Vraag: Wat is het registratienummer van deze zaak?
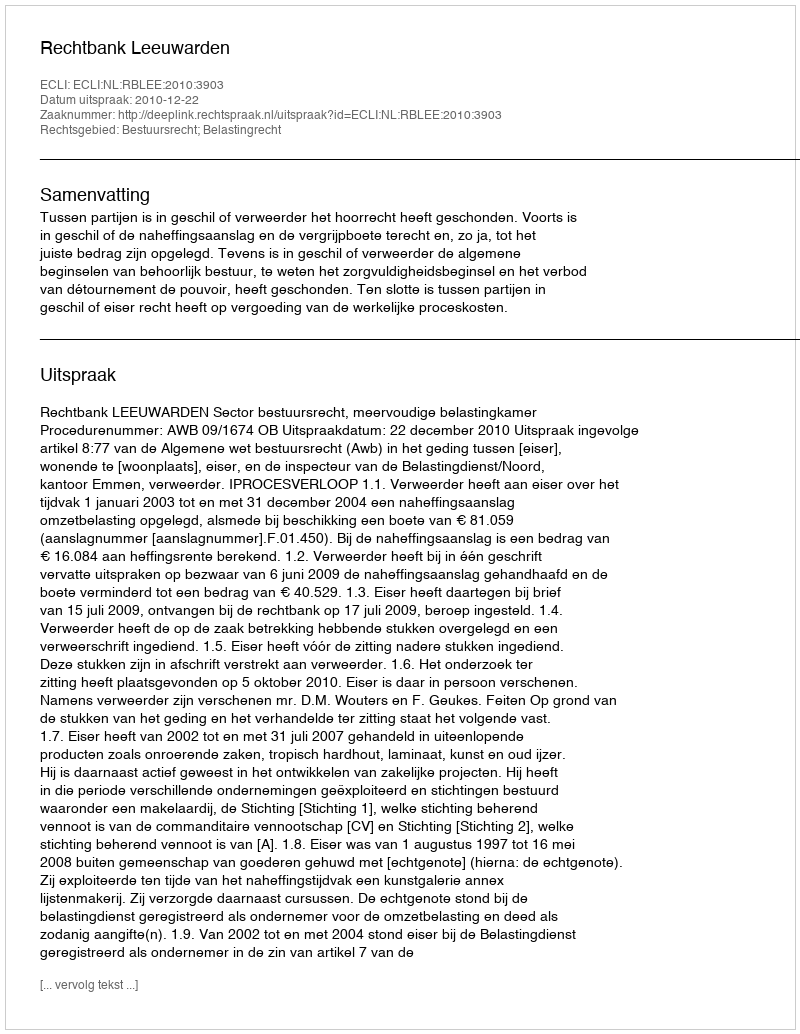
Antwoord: http://deeplink.rechtspraak.nl/uitspraak?id=ECLI:NL:RBLEE:2010:3903